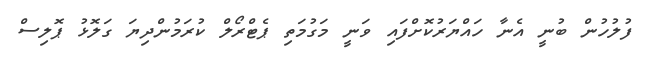
ފުލުހުން ބުނީ އެނާ ހައްޔަރުކޮށްފައި ވަނީ މަގުމަތި ޕެޓްރޯލް ކުރަމުންދިޔަ ގަލޮޅު ޕޮލިސް